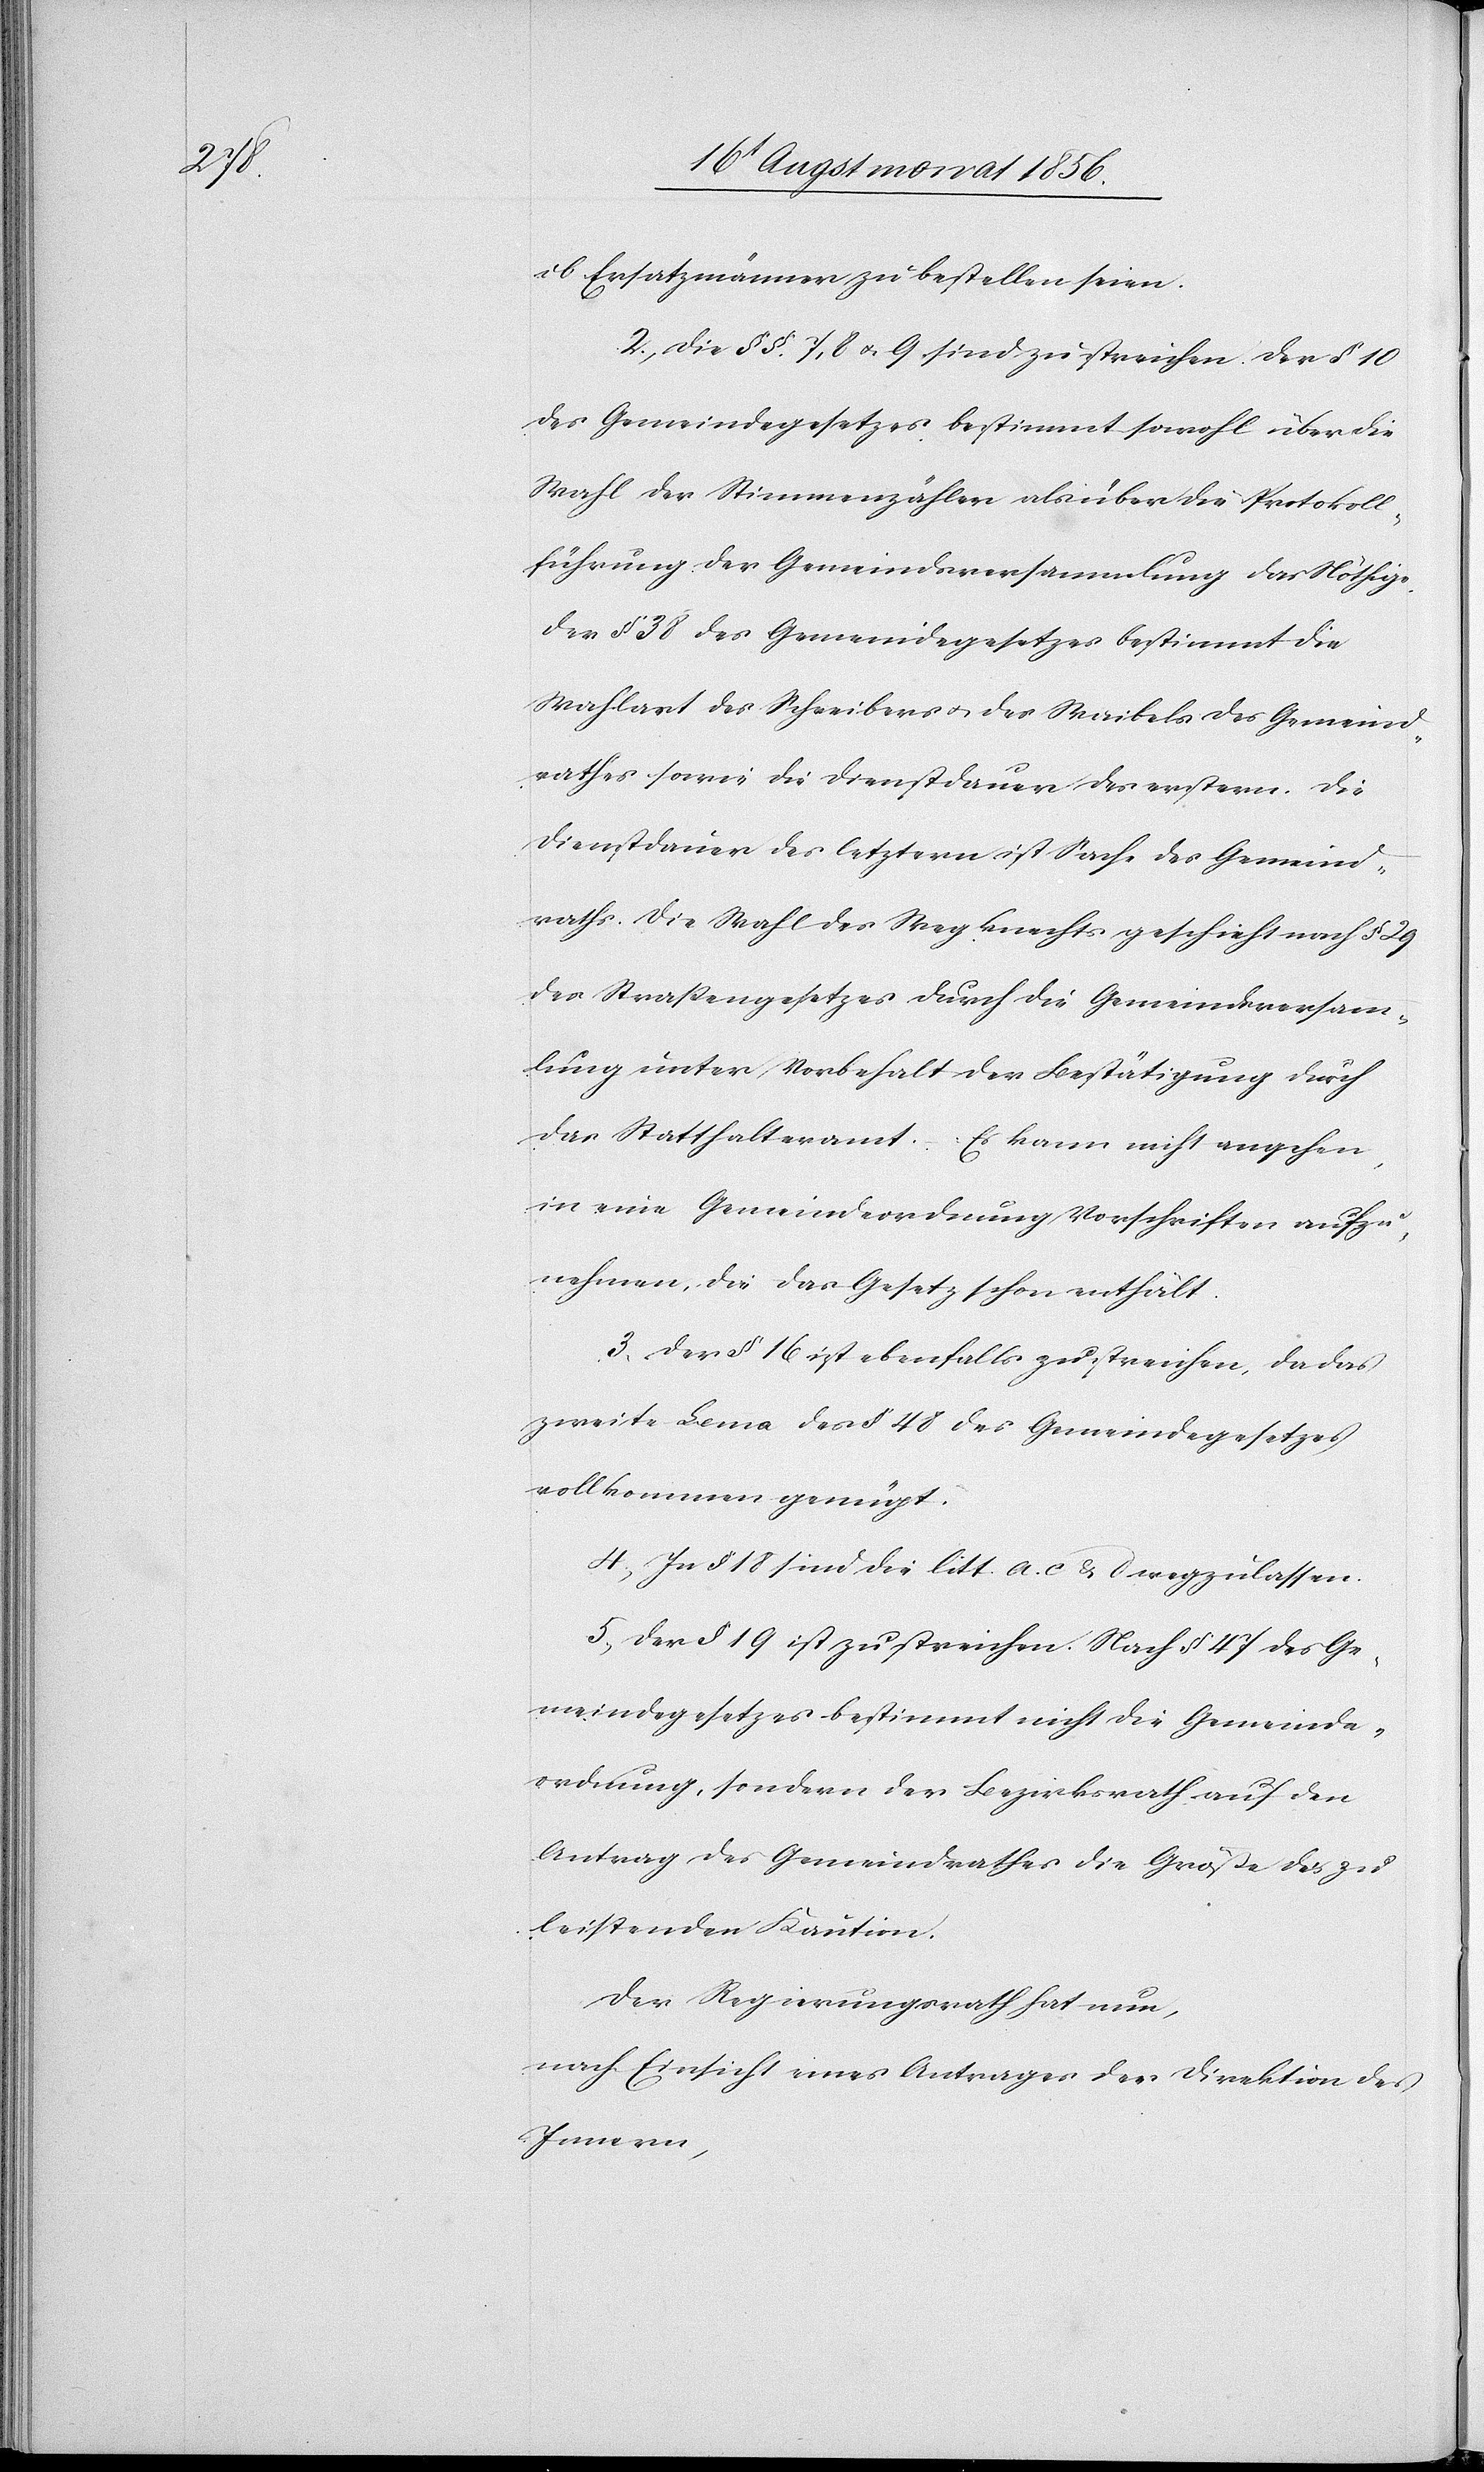
ob Ersatzmänner zu bestellen seien.
2.) Die §§ 7, 8 u. 9 sind zu streichen. Der § 10
des Gemeindegesetzes bestimmt sowohl über die
Wahl der Stimmenzähler als über die Protokoll¬
führung der Gemeindsversammlung das Nöthige.
Der § 38 des Gemeindegesetzes bestimmt die
Wahlart des Schreibers u. des Waibels des Gemeind¬
rathes sowie die Dienstdauer des erstern. Die
Dienstdauer des letztern ist Sache des Gemeind¬
raths. Die Wahl des Wegknechts geschieht nach § 29
des Strassengesetzes durch die Gemeindsversamm¬
lung unter Vorbehalt der Bestätigung durch
das Statthalteramt. Es kann nicht angehen,
in eine Gemeindeordnung Vorschriften aufzu¬
nehmen, die das Gesetz schon enthält.
3.) Der § 16 ist ebenfalls zu streichen, da das
zweite Lema des § 48 des Gemeindegesetzes
vollkommen genügt.
4.) In § 18 sind die litt. a.[,] c & d wegzulassen.
5.) Der § 19 ist zu streichen. Nach § 47 des Ge¬
meindegesetzes bestimmt nicht die Gemeinde¬
ordnung, sondern der Bezirksrath auf den
Antrag des Gemeindrathes die Größe des
leistenden Kaution.
Der Regierungsrath hat nun,
nach Einsicht eines Antrages der Direktion des
Innern,